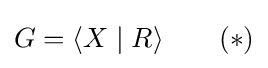
G=\langle X\mid R\rangle \qquad (*)